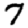
Digit: 7